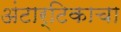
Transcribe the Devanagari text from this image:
अंटार्टिकाचा